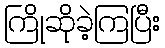
ကြိုဆိုခဲ့ကြပြီး